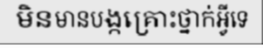
មិនមានបង្កគ្រោះថ្នាក់អ្វីទេ